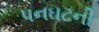
પનઘટની